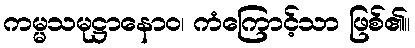
ကမ္မသမုဋ္ဌာနောဝ၊ ကံကြောင့်သာ ဖြစ်၏။